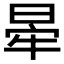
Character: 𣇟